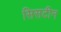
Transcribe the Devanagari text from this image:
सिसटीन